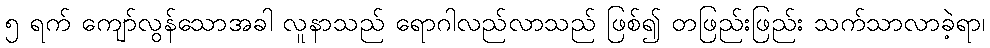
၅ ရက် ကျော်လွန်သောအခါ လူနာသည် ရောဂါလည်လာသည် ဖြစ်၍ တဖြည်းဖြည်း သက်သာလာခဲ့ရာ၊